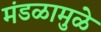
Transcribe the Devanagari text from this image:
मंडळामुळे